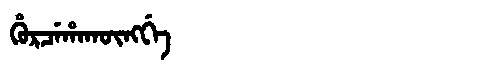
Manchu: ᡥᡠᡵᠴᡝᡥᠠᡴᡡᠩᡤᡝ
Romanization: HURCEHAKŪNGGE